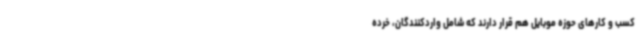
کسب و کارهای حوزه موبایل هم قرار دارند که شامل واردکنندگان، خرده